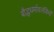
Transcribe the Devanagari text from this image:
बौद्धधर्मावलंबियों